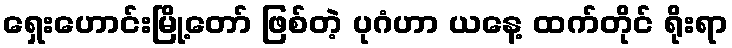
ရှေးဟောင်းမြို့တော် ဖြစ်တဲ့ ပုဂံဟာ ယနေ့ ထက်တိုင် ရိုးရာ